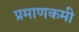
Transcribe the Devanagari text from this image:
प्रमाणकमी